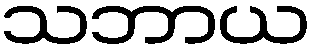
သဘာယ